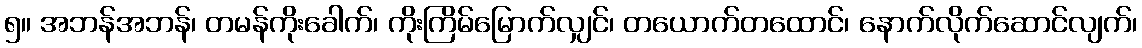
၅။ အဘန်အဘန်၊ တမန်ကိုးခေါက်၊ ကိုးကြိမ်မြောက်လျှင်၊ တယောက်တထောင်၊ နောက်လိုက်ဆောင်လျက်၊